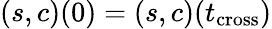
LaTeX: (s,c)(0)=(s,c)(t_{\mathrm{cross}})